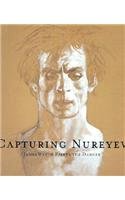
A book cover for Capturing Nureyev: James Wyeth Paints the Dancer; Arts & Photography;